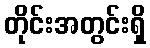
တိုင်းအတွင်းရှိ